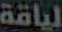
لياقة